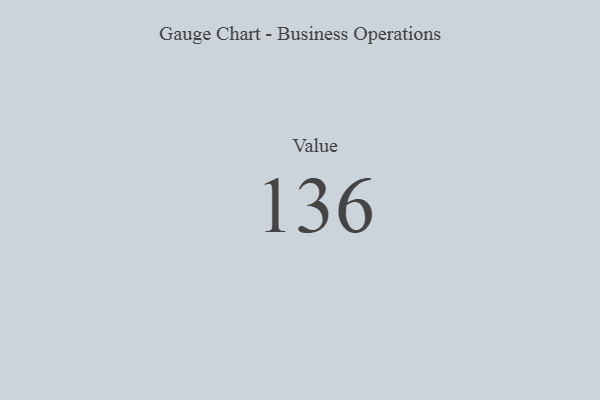
{"axis": {"x": "Metric", "y": "Value"}, "legend": [""], "data": [{"x": "Value", "y": 136, "type": ""}]}